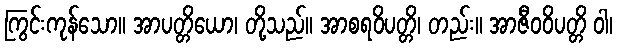
ကြွင်းကုန်သော။ အာပတ္တိယော၊ တို့သည်။ အာစရဝိပတ္တိ၊ တည်း။ အာဇီဝဝိပတ္တိ ဝါ၊